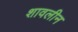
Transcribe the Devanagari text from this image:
शावलीन